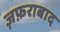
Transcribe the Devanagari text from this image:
ज़फ़राबाद